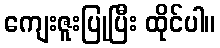
ကျေးဇူးပြုပြီး ထိုင်ပါ။